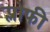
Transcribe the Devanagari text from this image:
प्लोफी